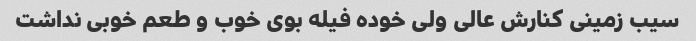
سیب زمینی کنارش عالی ولی خوده فیله بوی خوب و طعم خوبی نداشت